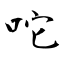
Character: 咜